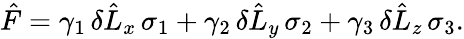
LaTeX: {\hat{F}}=\gamma_{1}\, \delta{\hat{L}}_{x}\, \sigma_{1}+\gamma_{2}\, \delta{\hat{L}}_{y}\, \sigma_{2}+\gamma_{3}\, \delta{\hat{L}}_{z}\, \sigma_{3}.